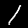
Digit: 1